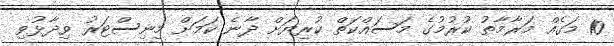
10 މަގެއް މަރާމާތު ކުރުމުގެ މަސައްކަތް ކުރިޔަށް ދާނެ ކަމަށް މިނިސްޓަރު ވިދާޅުވި